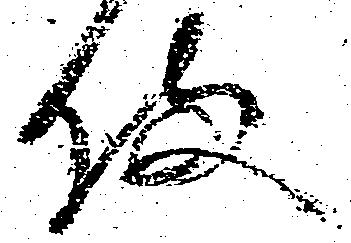
備